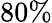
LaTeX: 80\%